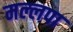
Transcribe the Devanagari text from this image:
मल्लपा